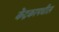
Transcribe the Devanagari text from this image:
केंद्रकामधील